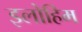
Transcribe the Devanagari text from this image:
इलोहिम